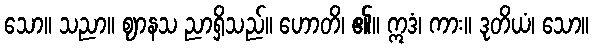
သော။ သညာ။ ဈာနသ ညာရှိသည်။ ဟောတိ၊ ၏။ ဣဒံ၊ ကား။ ဒုတိယံ၊ သော။